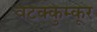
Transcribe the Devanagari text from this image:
वटक्कुम्कूर